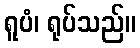
ရူပံ၊ ရုပ်သည်။